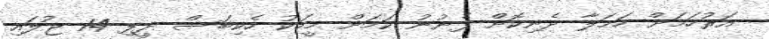
އަރުހަމަށް ހަމަލާ ދެނިކޮށް ފެނުނު ކަމަށް މީހަކު ހެކިބަސް ދީފި 14 ޖުލައި